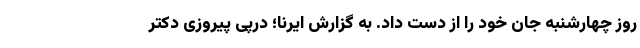
روز چهارشنبه جان خود را از دست داد. به گزارش ایرنا؛ درپی پیروزی دکتر